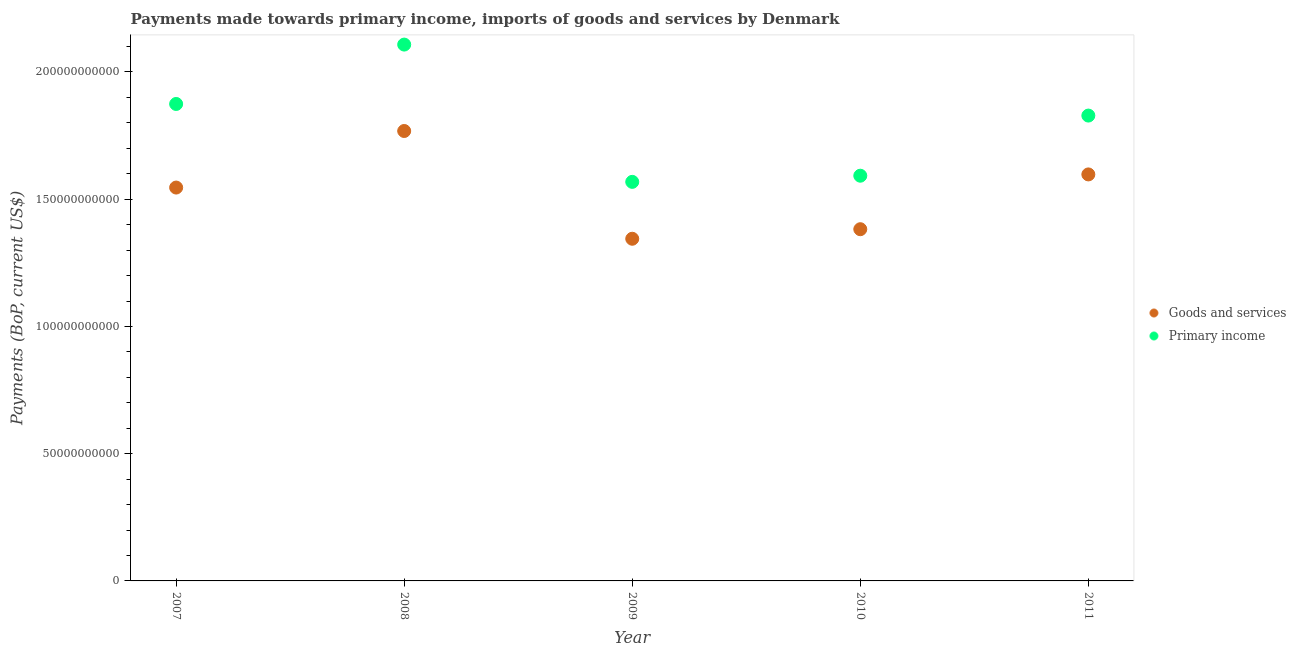
| Year | Goods and services | Primary income |
 | --- | --- | --- |
 | 2007 | 1.55e+11 | 1.87e+11 |
 | 2008 | 1.77e+11 | 2.11e+11 |
 | 2009 | 1.34e+11 | 1.57e+11 |
 | 2010 | 1.38e+11 | 1.59e+11 |
 | 2011 | 1.6e+11 | 1.83e+11 |